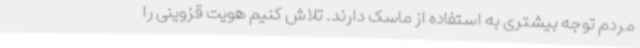
مردم توجه بیشتری به استفاده از ماسک دارند. تلاش کنیم هویت قزوینی را